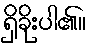
ရှိခိုးပါ၏။